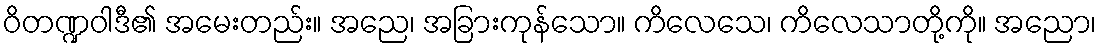
ဝိတဏ္ဍဝါဒီ၏ အမေးတည်း။ အညေ၊ အခြားကုန်သော။ ကိလေသေ၊ ကိလေသာတို့ကို။ အညော၊